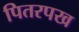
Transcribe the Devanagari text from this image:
पितरपख